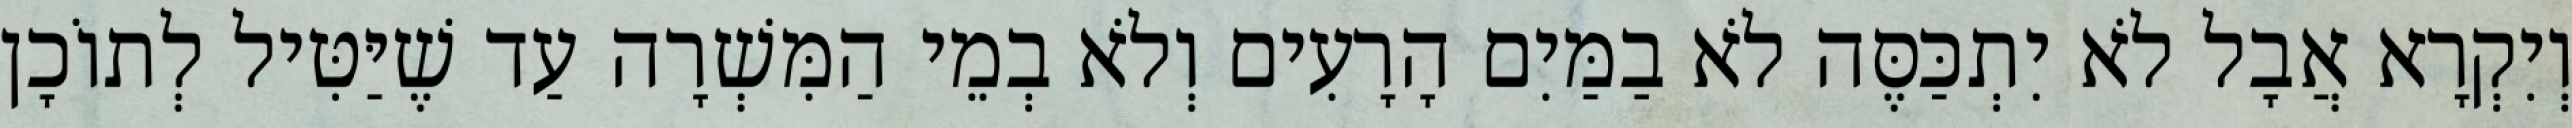
וְיִקְרָא אֲבָל לֹא יִתְכַּסֶּה לֹא בַמַּיִם הָרָעִים וְלֹא בְמֵי הַמִּשְׁרָה עַד שֶׁיַּטִּיל לְתוֹכָן